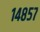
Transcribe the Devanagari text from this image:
१४८५७